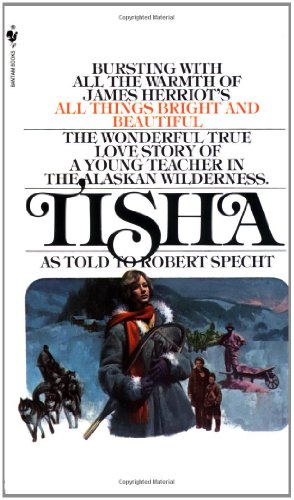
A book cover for Tisha: The Story of a Young Teacher in the Alaska Wilderness; Robert Specht; Biographies & Memoirs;